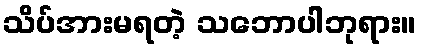
သိပ်အားမရတဲ့ သဘောပါဘုရား။